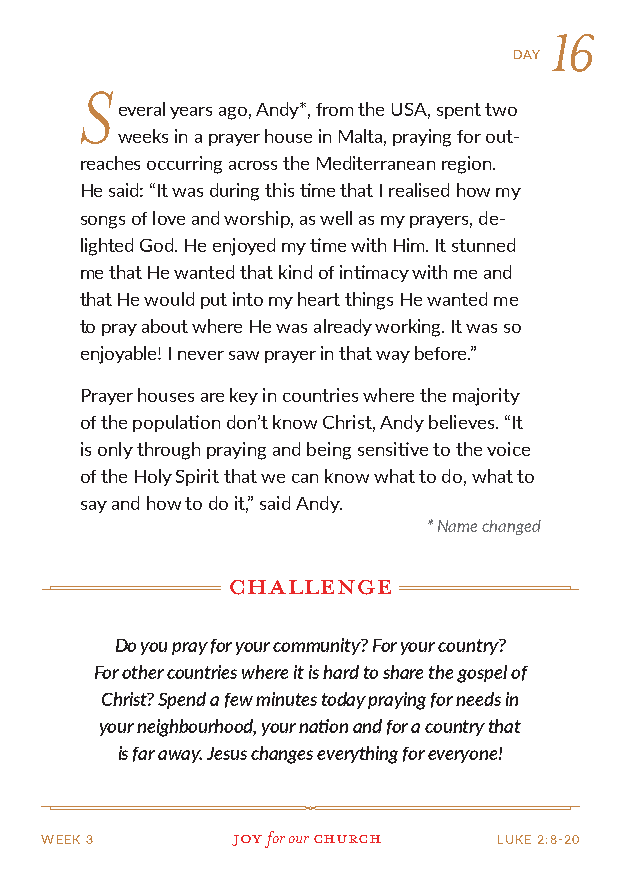
16
 DAY
 S
 everal years ago, Andy*, from the USA, spent two
 weeks in a prayer house in Malta, praying for out-
 reaches occurring across the Mediterranean region.
 He said: “It was during this time that I realised how my
 songs of love and worship, as well as my prayers, de-
 lighted God. He enjoyed my time with Him. It stunned
 me that He wanted that kind of intimacy with me and
 that He would put into my heart things He wanted me
 to pray about where He was already working. It was so
 enjoyable! I never saw prayer in that way before.”
 Prayer houses are key in countries where the majority
 of the population don’t know Christ, Andy believes. “It
 is only through praying and being sensitive to the voice
 of the Holy Spirit that we can know what to do, what to
 say and how to do it,” said Andy.
 * Name changed
 challenge
 Do you pray for your community? For your country?
 For other countries where it is hard to share the gospel of
 Christ? Spend a few minutes today praying for needs in
 your neighbourhood, your nation and for a country that
 is far away. Jesus changes everything for everyone!
 WEEK 3      Joy for our church LUKE 2:8-20